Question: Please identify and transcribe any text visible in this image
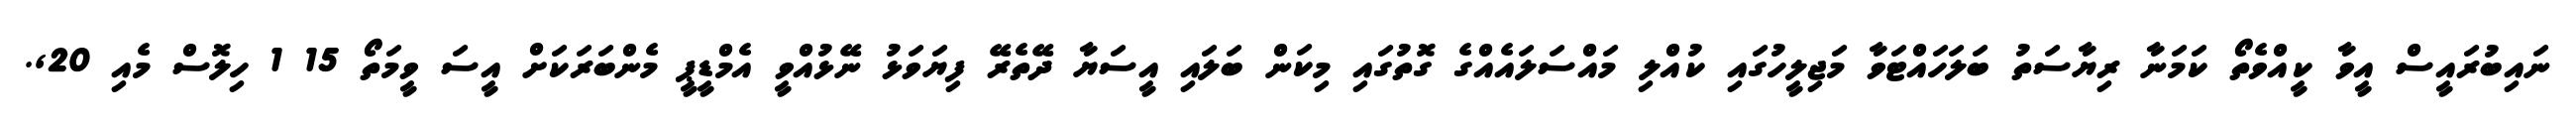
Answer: ނައިބުރައީސް އީވާ ކީއްވެތޯ ކަމަނާ ރިޔާސަތު ބަލަހައްޓަވާ މަޖިލީހުގައި ކުއްލި މައްސަލައެއްގެ ގޮތުގައި މިކަން ބަލައި އީސަޔާ ދޭތެރޭ ފިޔަވަޅު ނޭޅުއްވީ އެމްޑީޕީ މެންބަރަކަށް އީސަ ވީމަތޯ 15 1 ހިލޮސް މެއި 20,.